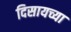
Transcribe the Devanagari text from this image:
दिसायच्या